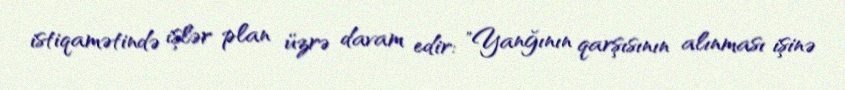
istiqamətində işlər plan üzrə davam edir: "Yanğının qarşısının alınması işinə